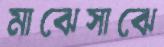
মাঝেসাঝে